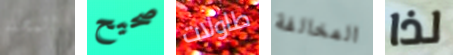
المجلة صحيح طاولات المخالفة لذا